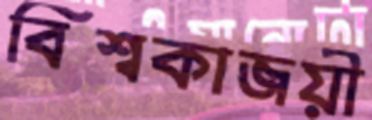
বিশ্বকাজয়ী